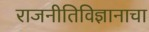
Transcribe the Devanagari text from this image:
राजनीतिविज्ञानाचा